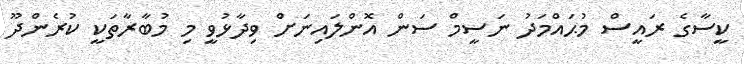
ކީސާގެ ރައީސް މުޙައްމަދު ނަސީމް ސަން އޮންލައިނަށް ވިދާޅުވީ މި މުބާރާތަކީ ކުރެންދޫ